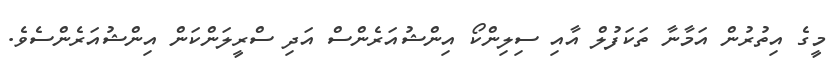
މީގެ އިތުރުން އަމާނާ ތަކަފުލް އާއި ސިލިންކޯ އިންޝުއަރެންސް އަދި ސްރީލަންކަން އިންޝުއަރެންސެވެ.